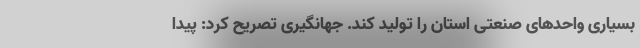
بسیاری واحدهای صنعتی استان را تولید کند. جهانگیری تصریح کرد: پیدا